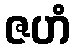
ဇဟံ